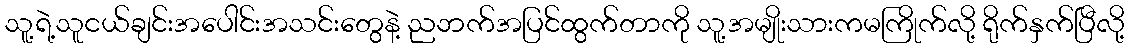
သူ့ရဲ့သူငယ်ချင်းအပေါင်းအသင်းတွေနဲ့ ညဘက်အပြင်ထွက်တာကို သူ့အမျိုးသားကမကြိုက်လို့ ရိုက်နှက်ပြီလို့